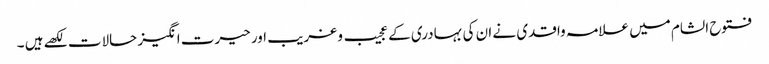
فتوح الشام میں علامہ واقدی نے ان کی بہادری کے عجیب و غریب اور حیرت انگیز حالات لکھے ہیں ۔